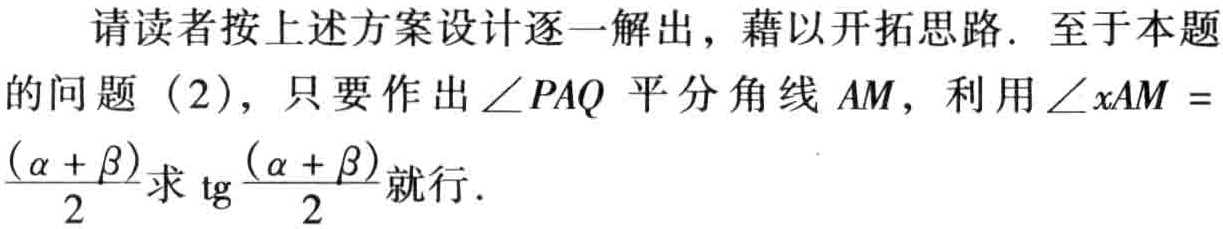
请读者按上述方案设计逐一解出，藉以开拓思路. 至于本题的问题（2），只要作出\(\angle PAQ\)平分角线\(AM\)，利用\(\angle xAM = \frac{(\alpha + \beta)}{2}\)求\(\mathrm{tg}\frac{(\alpha + \beta)}{2}\)就行.